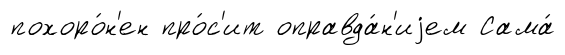
похоро́н'ен про́с'ит оправда́н'иjем Сама́